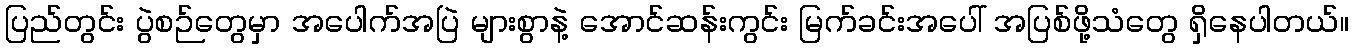
ပြည်တွင်း ပွဲစဉ်တွေမှာ အပေါက်အပြဲ များစွာနဲ့ အောင်ဆန်းကွင်း မြက်ခင်းအပေါ် အပြစ်ဖို့သံတွေ ရှိနေပါတယ်။